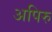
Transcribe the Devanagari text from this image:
अपिरु